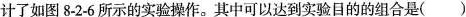
计了如图8-2-6所示的实验操作。其中可以达到实验目的的组合是()